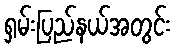
ရှမ်းပြည်နယ်အတွင်း